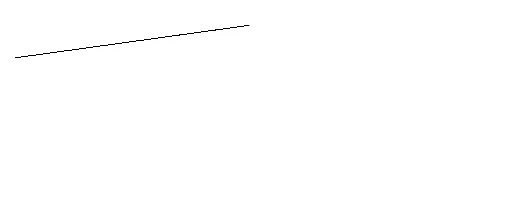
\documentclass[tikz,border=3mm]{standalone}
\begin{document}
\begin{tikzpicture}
\draw (12,10) circle (0);
\draw (11,11) circle (0);
\draw (6,12) rectangle (9,12);
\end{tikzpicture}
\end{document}